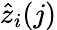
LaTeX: \hat{z}_{i}(j)